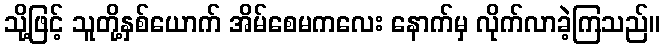
သို့ဖြင့် သူတို့နှစ်ယောက် အိမ်စေမကလေး နောက်မှ လိုက်လာခဲ့ကြသည်။